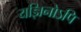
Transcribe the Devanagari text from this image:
यज्ञिनोऽपि